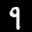
Label: 9